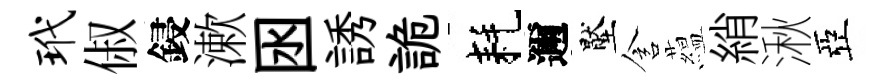
玳俶鋟漱囦誘詭耗邇壓含藴綃湫亞